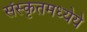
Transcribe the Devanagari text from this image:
संस्कृतमध्येये